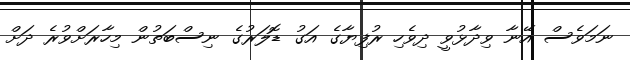
ނަމަވެސް އޭނާ ވިދާޅުވީ ދިވެހި ރުފިޔާގެ އަގު ޑޮލަރުގެ ނިސްބަތުން މިހާރަށްވުރެ ދަށް